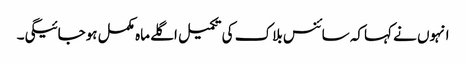
انہوں نے کہاکہ سائنس بلاک کی تکمیل اگلے ماہ مکمل ہوجائیگی۔